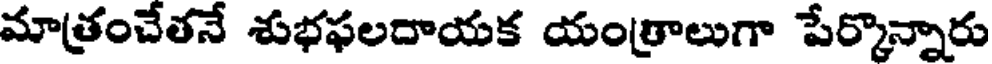
మాత్రంచేతనే శుభఫలదాయక యంత్రాలుగా పేర్కొన్నారు